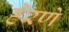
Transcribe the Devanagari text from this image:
हेरणे